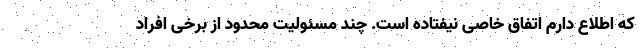
که اطلاع دارم اتفاق خاصی نیفتاده است. چند مسئولیت محدود از برخی افراد